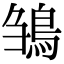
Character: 𩿿